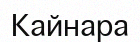
Кайнара